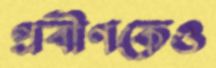
প্রবীণকেও